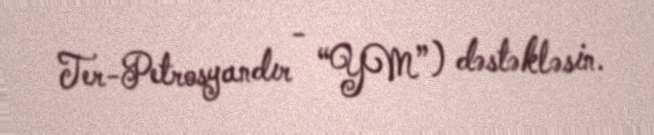
Ter-Petrosyandır - “YM”) dəstəkləsin.